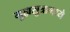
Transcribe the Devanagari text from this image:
गुह्यसुत्रामध्ये